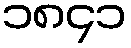
၁၈၄၁